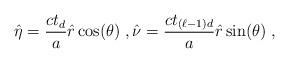
LaTeX: \begin{align*}\hat{\eta} = \frac{c t_d}{a} \hat{r} \cos(\theta) \;, \hat{\nu} = \frac{c t_{(\ell-1)d}}{a} \hat{r} \sin(\theta) \;,\end{align*}